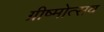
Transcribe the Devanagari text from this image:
ग्रीष्मोत्सव